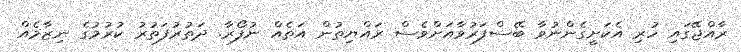
ރާއްޖޭގައި ހުރި އެކަށީގެންނުވާ ބޭސްފަރުވާއަށްވެސް ރައްޔިތުން އަތެއް ނުފޯރާ. ދަތުރުފަތުރު ކުރުމުގެ ނިޒާމެއް